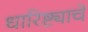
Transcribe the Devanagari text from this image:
धारिष्ट्याचे